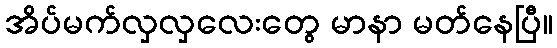
အိပ်မက်လှလှလေးတွေ မာနာ မတ်နေပြီ။